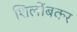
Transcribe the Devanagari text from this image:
शिलींबकर